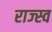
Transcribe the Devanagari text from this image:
राज्स्व